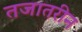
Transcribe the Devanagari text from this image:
तजातरीन